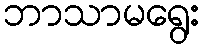
ဘာသာမရွေး